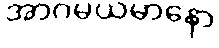
အာဂမယမာနော